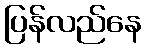
ပြန်လည်နေ